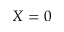
X = 0